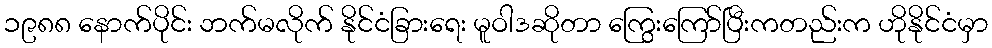
၁၉၈၈ နောက်ပိုင်း ဘက်မလိုက် နိုင်ငံခြားရေး မူဝါဒဆိုတာ ကြွေးကြော်ပြီးကတည်းက ဟိုနိုင်ငံမှာ